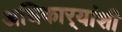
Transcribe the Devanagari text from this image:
अधिकार्‍यांशी